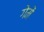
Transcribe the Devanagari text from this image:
गेमें